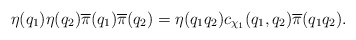
\begin{align*} \eta(q_1) \eta(q_2) \overline{\pi}(q_1) \overline{\pi}(q_2) = \eta(q_1 q_2) c_{\chi_1}(q_1, q_2) \overline{\pi}(q_1 q_2).\end{align*}